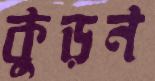
কুড়ন